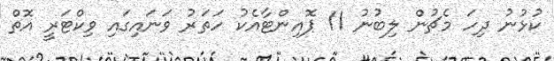
ކުޅުނު ދިހަ މެޗުން ލިބުނު 11 ޕޮއިންޓާއެކު ހަތަރު ވަނައިގައި ވިކްޓަރީ އޮތް